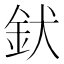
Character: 𮡧